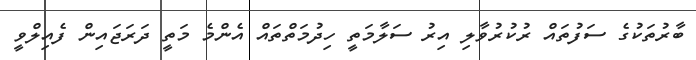
ބާރުތަކުގެ ސަފުތައް ރުކުރުވާލި އިރު ސަލާމަތީ ހިދުމަތްތައް އެންމެ މަތީ ދަރަޖައިން ފެއިލްވީ